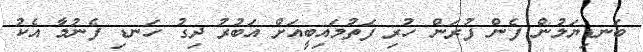
ބަނޑިޔަލުން ފެން ފުރަން ހުރި ފަތުމައިބީއަށް އަބުރު ދިގު ހަނޑި ފެނުމާ އެކު